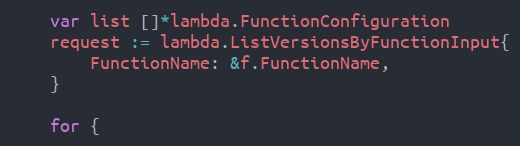
Language: Go
	var list []*lambda.FunctionConfiguration
	request := lambda.ListVersionsByFunctionInput{
		FunctionName: &f.FunctionName,
	}

	for {